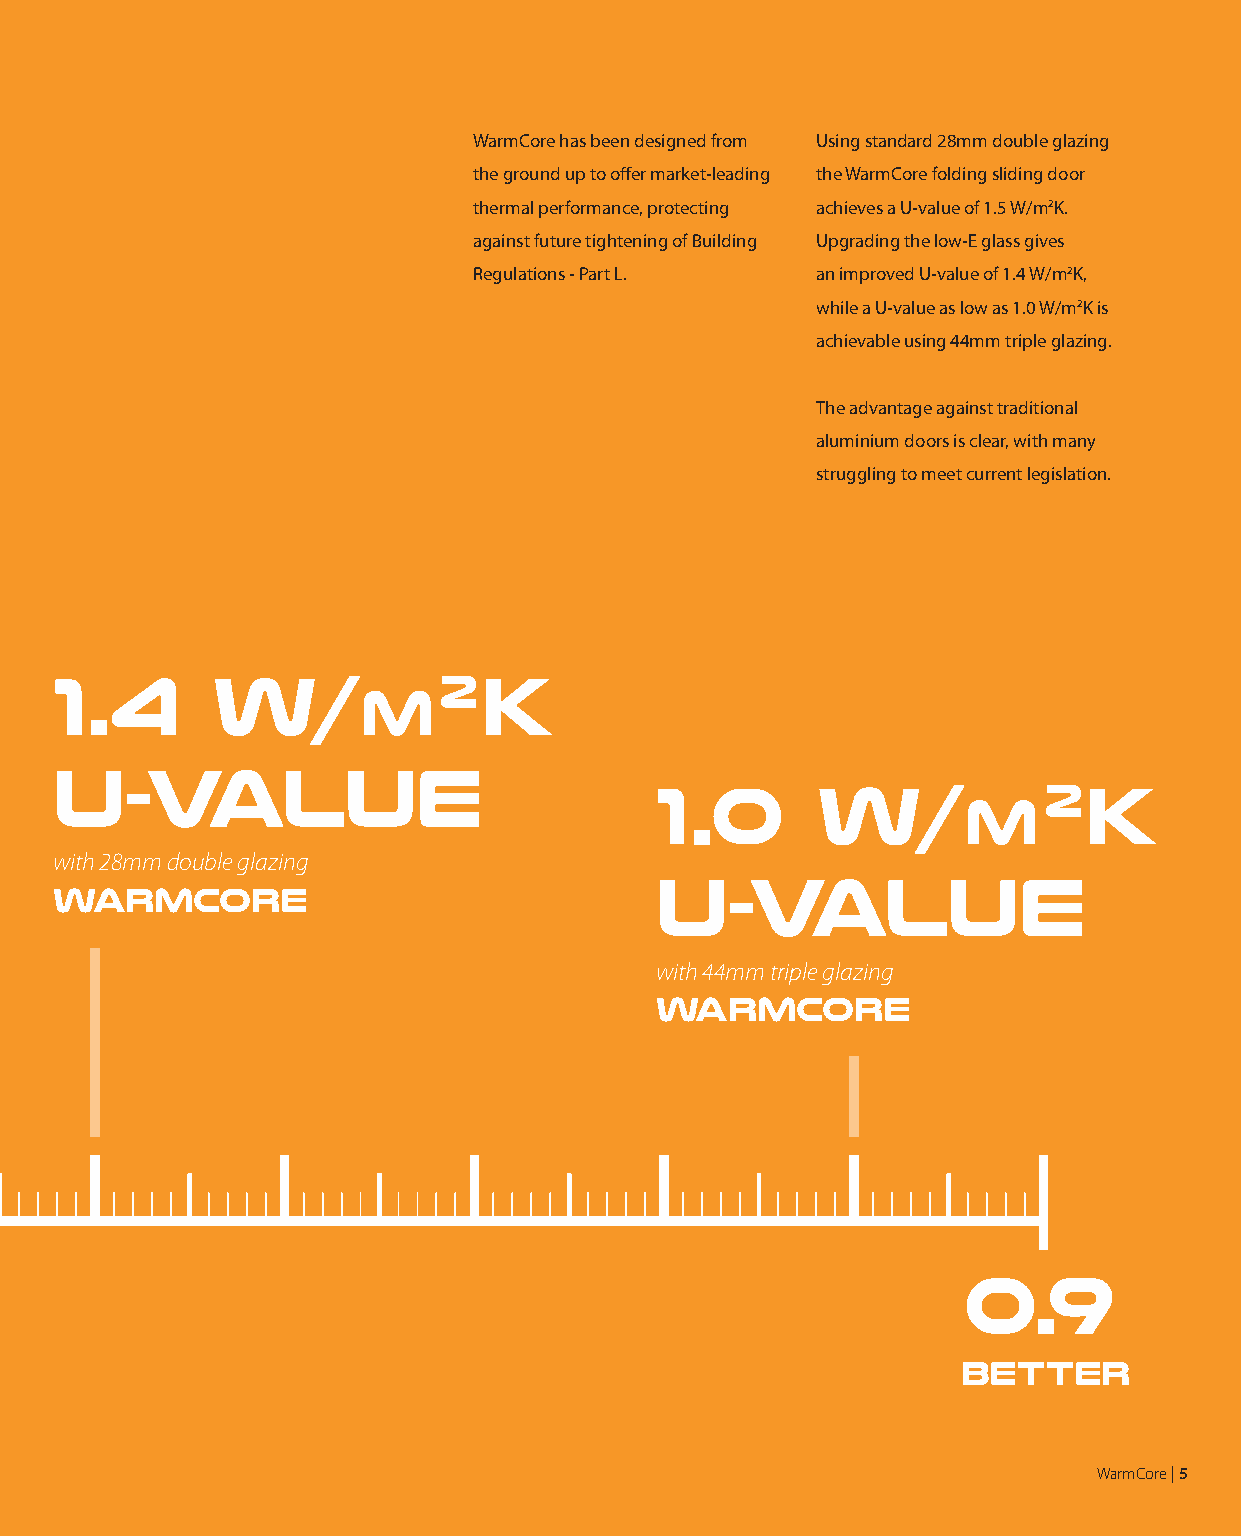
WarmCore has been designed from Using standard 28mm double glazing
 the ground up to offer market-leading the WarmCore folding sliding door
 thermal performance, protecting achieves a U-value of 1.5 W/m2K.
 against future tightening of Building Upgrading the low-E glass gives
 Regulations - Part L.  an improved U-value of 1.4 W/m2K,
 while a U-value as low as 1.0 W/m2K is
 achievable using 44mm triple glazing.
 The advantage against traditional
 aluminium doors is clear, with many
 struggling to meet current legislation.
 1.4       W/             2K
 m
 U-value
 1.0        W/             2K
 m
 with 28mm double glazing
 U-value
 WARMCORE
 with 44mm triple glazing
 WARMCORE
 0.9
 better
 WarmCore | 5